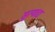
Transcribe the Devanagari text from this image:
सुरयाद्य